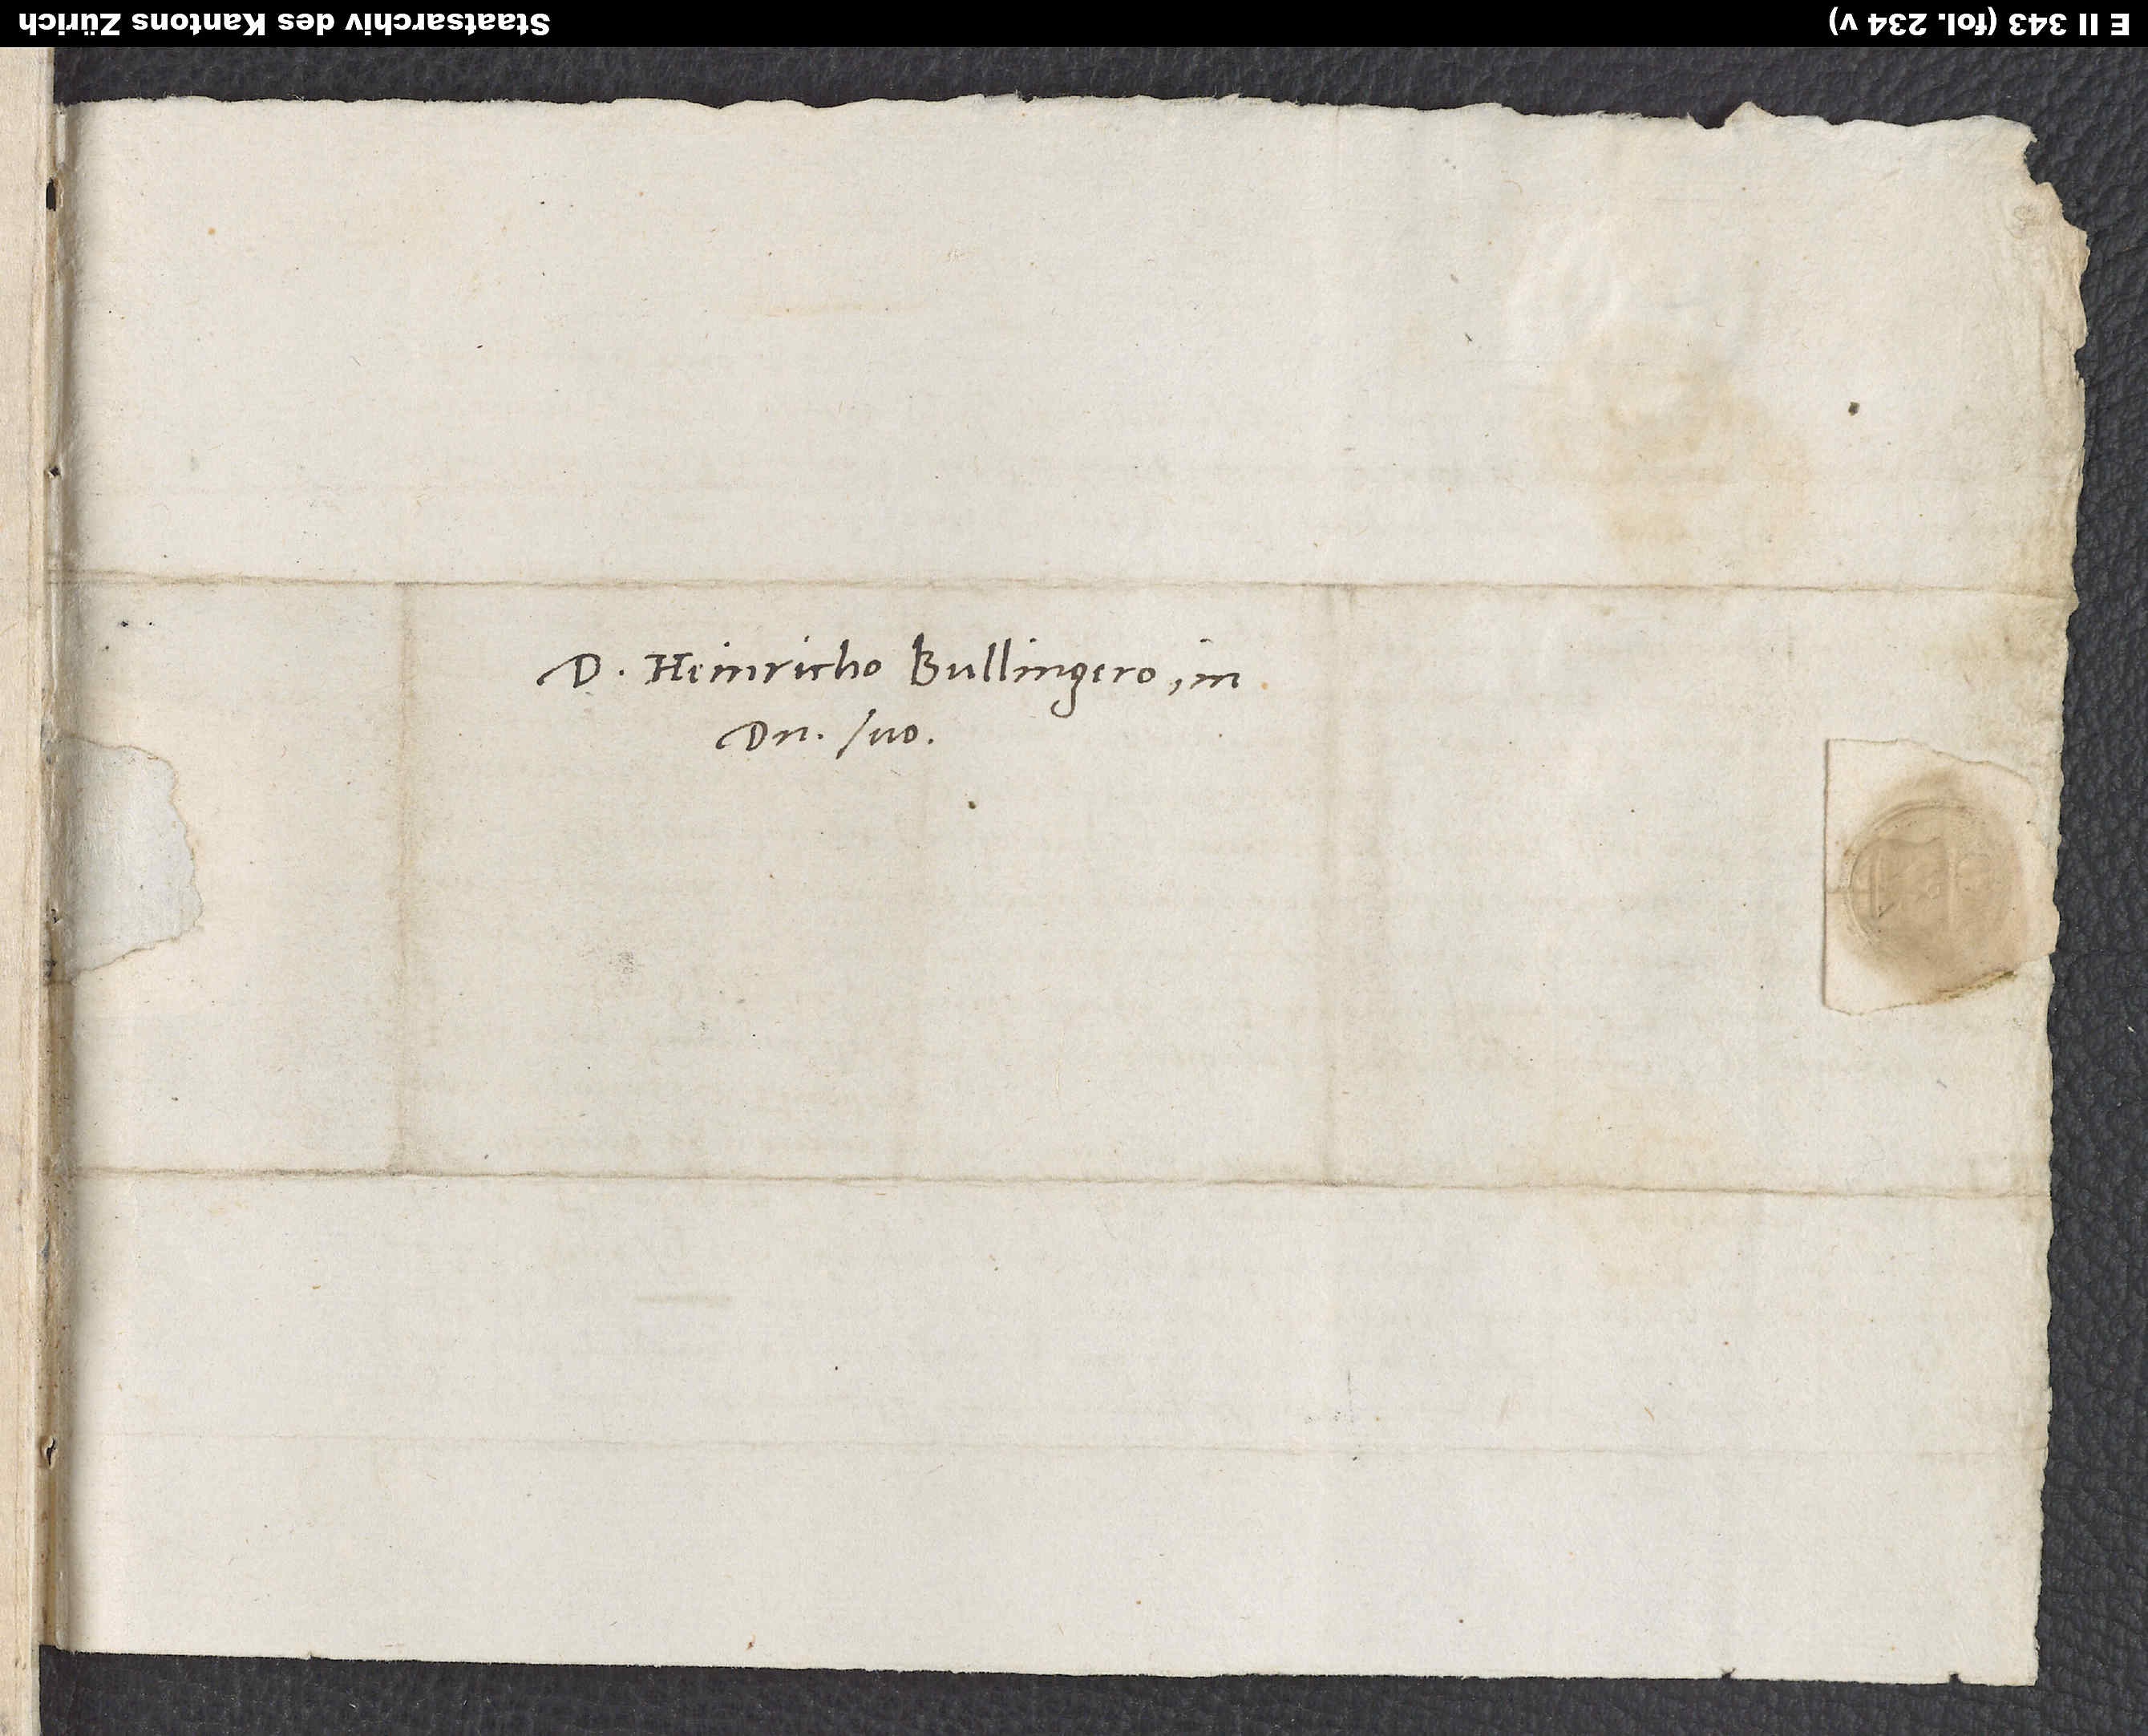
Domino Heinricho Bullingero, in
domino suo.